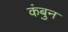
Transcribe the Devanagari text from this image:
कंबुन